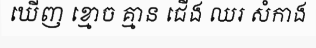
ឃើញ ខ្មោច គ្មាន ជើង ឈរ សំកាង